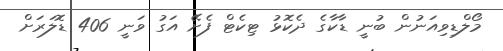
މޯލްޑިވިއަނުން ބުނީ ޑާކާގެ ދެކޮޅު ޓިކެޓް ފެށޭ އަގު ވަނީ 406 ޑޮލަރަށް